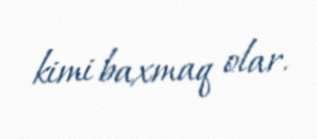
kimi baxmaq olar.